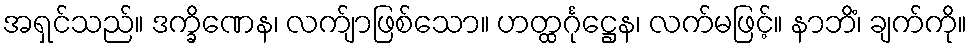
အရှင်သည်။ ဒက္ခိဏေန၊ လက်ျာဖြစ်သော။ ဟတ္ထင်္ဂုဋ္ဌေန၊ လက်မဖြင့်။ နာဘိံ၊ ချက်ကို။